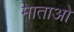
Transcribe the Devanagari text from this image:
माताओ